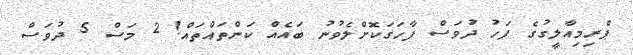
ޕްރިމިއާލީގުގެ ފަހު ދުވަސް ފާހަގަކޮށްލެވުނު ބައެއް ކަންތައްތައް! 2 މަސް 5 ދުވަސް